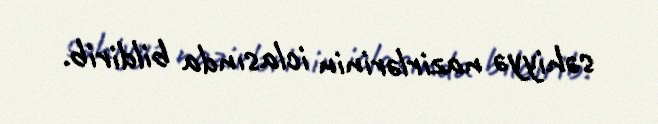
səhiyyə nazirlərinin iclasında bildirib.